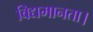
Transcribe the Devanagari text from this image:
विद्यमानता।